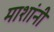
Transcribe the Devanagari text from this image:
माशांनी